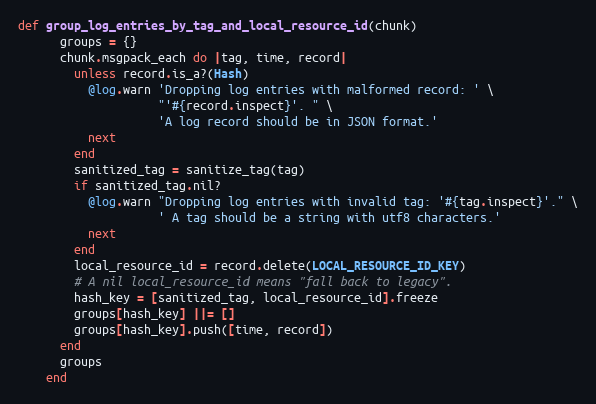
Language: Ruby
def group_log_entries_by_tag_and_local_resource_id(chunk)
      groups = {}
      chunk.msgpack_each do |tag, time, record|
        unless record.is_a?(Hash)
          @log.warn 'Dropping log entries with malformed record: ' \
                    "'#{record.inspect}'. " \
                    'A log record should be in JSON format.'
          next
        end
        sanitized_tag = sanitize_tag(tag)
        if sanitized_tag.nil?
          @log.warn "Dropping log entries with invalid tag: '#{tag.inspect}'." \
                    ' A tag should be a string with utf8 characters.'
          next
        end
        local_resource_id = record.delete(LOCAL_RESOURCE_ID_KEY)
        # A nil local_resource_id means "fall back to legacy".
        hash_key = [sanitized_tag, local_resource_id].freeze
        groups[hash_key] ||= []
        groups[hash_key].push([time, record])
      end
      groups
    end